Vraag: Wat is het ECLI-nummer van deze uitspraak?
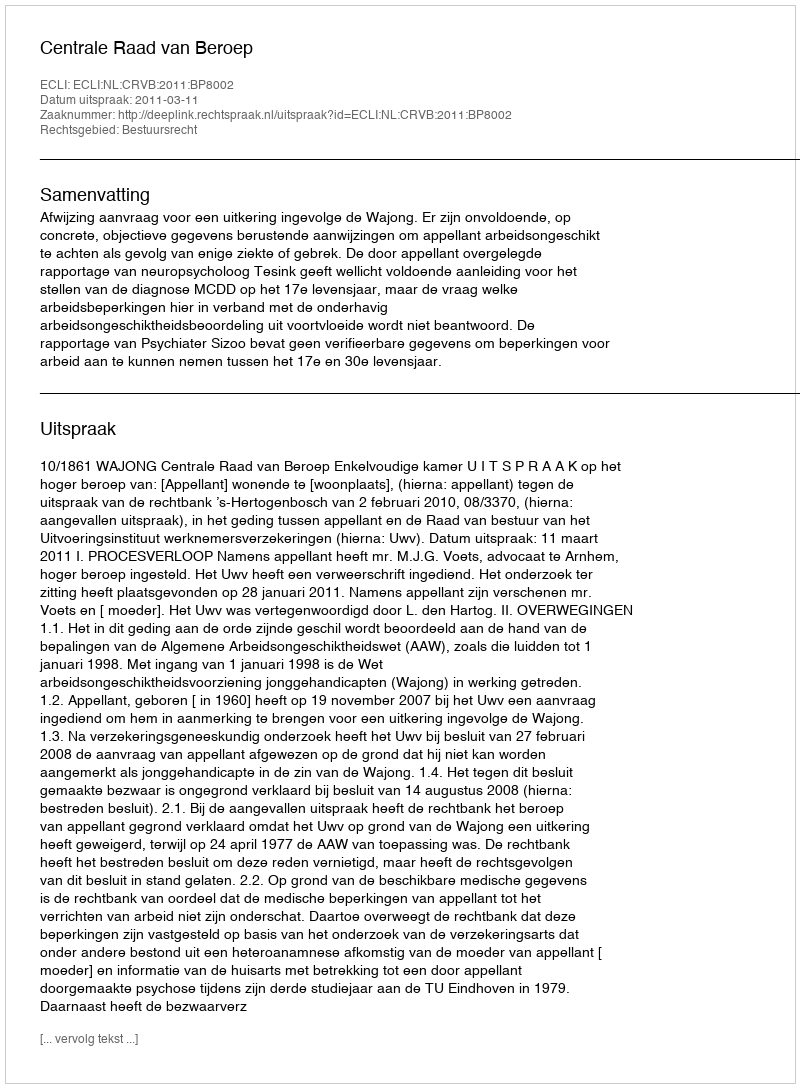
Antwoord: ECLI:NL:CRVB:2011:BP8002